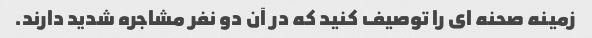
زمینه صحنه ای را توصیف کنید که در آن دو نفر مشاجره شدید دارند.